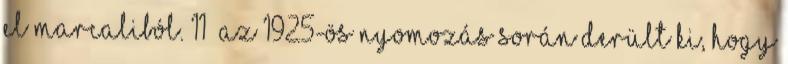
el Marcaliból. 11 Az 1925-ös nyomozás során derült ki, hogy